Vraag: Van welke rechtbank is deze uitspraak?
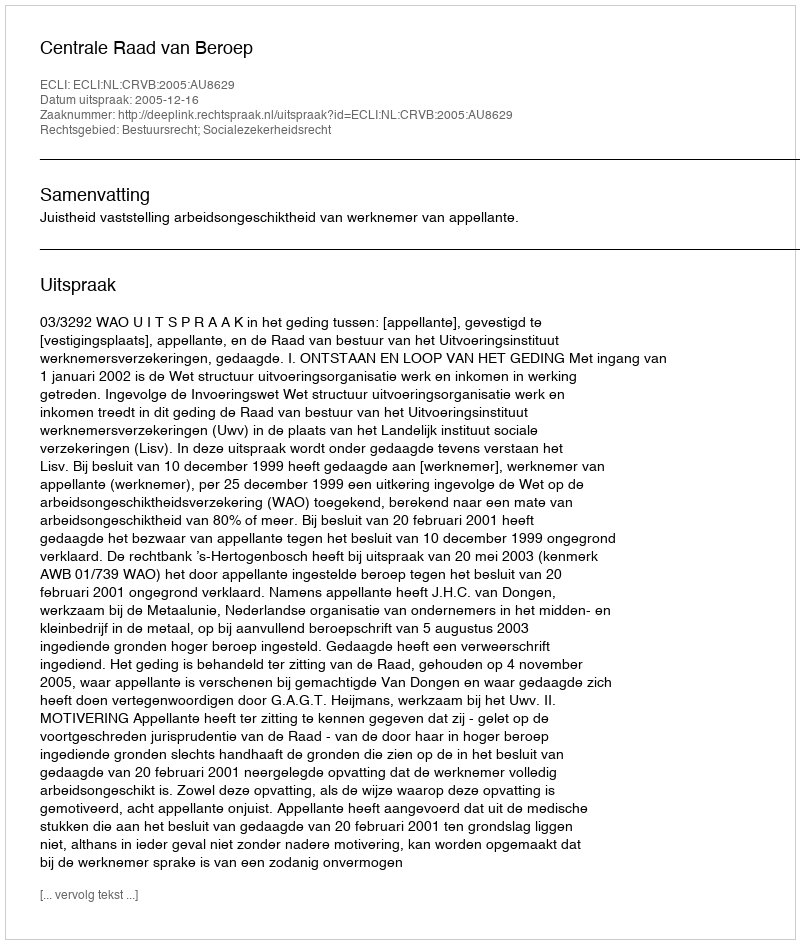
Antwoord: Centrale Raad van Beroep